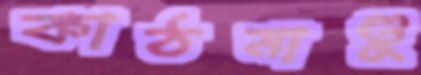
কাঠমাণ্ডু